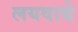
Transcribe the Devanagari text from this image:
लयवाद्ये